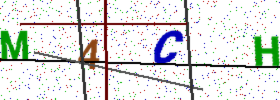
Text: M4CH